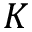
K